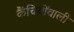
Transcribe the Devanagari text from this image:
कैंचियोंवाली